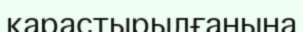
қарастырылғанына